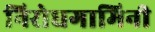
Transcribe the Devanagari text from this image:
निरोधगामिनी